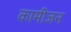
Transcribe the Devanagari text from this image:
कामीजन